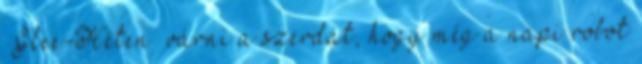
“Glee-Héten” várni a szerdát, hogy még a napi robot